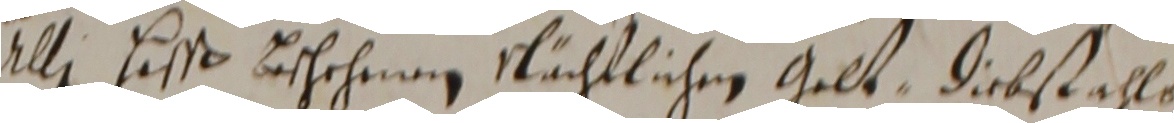
Ulli lisß beschehenn nächtlichen gelt, diebstahl